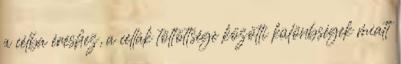
a célba éréshez, a cellák töltöttsége közötti különbségek miatt